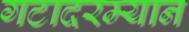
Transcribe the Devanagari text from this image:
गटादरम्यान